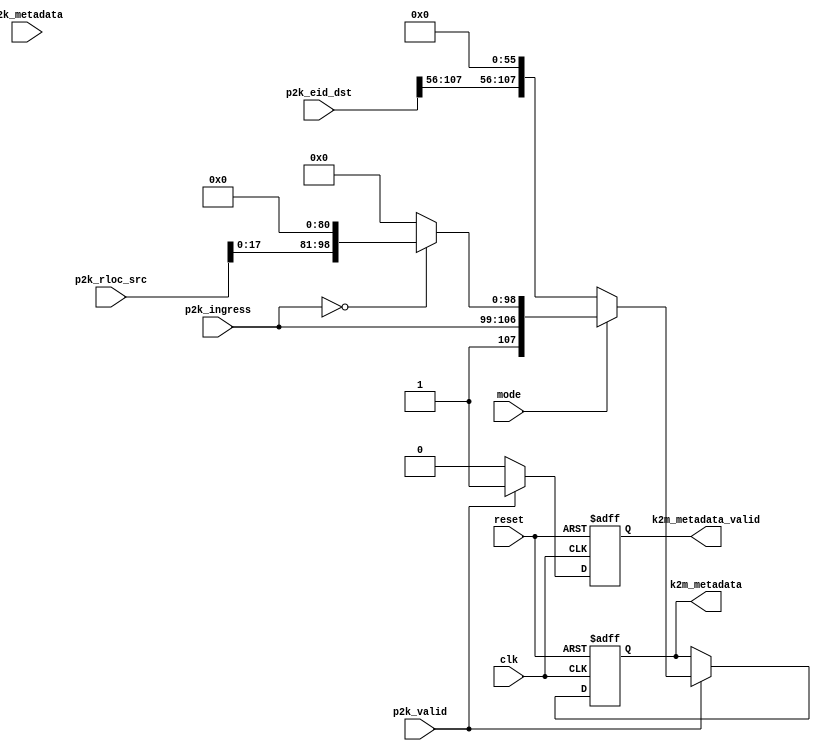
module key_gen(
clk,
reset,
p2k_valid,
p2k_ingress,
p2k_rloc_src,
p2k_eid_dst,
p2k_metadata,
mode, 
k2m_metadata_valid,
k2m_metadata
);
input clk;
input reset;
input p2k_valid;
input [7:0]   p2k_ingress;
input [127:0] p2k_rloc_src;
input [127:0] p2k_eid_dst;
input [7:0]   p2k_metadata;
input mode;
output  k2m_metadata_valid;
output  [107:0] k2m_metadata;
reg k2m_metadata_valid;
reg [107:0] k2m_metadata;
always @ (posedge clk or negedge reset)
begin
    if(!reset)
      begin
          k2m_metadata_valid <= 1'b0;
			    k2m_metadata <= 108'b0;
      end
    else
      begin
        if(p2k_valid == 1'b1)
			   begin
				  if(mode == 1'b1)
					 begin
					     if(p2k_ingress == 8'b0) k2m_metadata <= {mode,p2k_ingress,p2k_rloc_src[17:0],81'b0};
					     else k2m_metadata <= {mode,p2k_ingress,18'b0,81'b0};
					     k2m_metadata_valid <= 1'b1;
					 end
				  else
					 begin
						k2m_metadata_valid <= 1'b1;
						k2m_metadata <= {mode,p2k_ingress,p2k_eid_dst[127:56],56'b0};
					 end
			   end
		    else k2m_metadata_valid <= 1'b0;
      end
end
endmodule